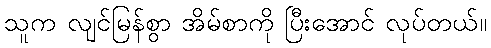
သူက လျင်မြန်စွာ အိမ်စာကို ပြီးအောင် လုပ်တယ်။